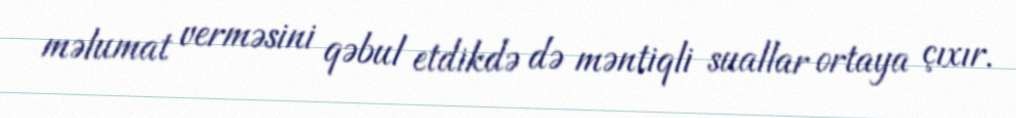
məlumat verməsini qəbul etdikdə də məntiqli suallar ortaya çıxır.